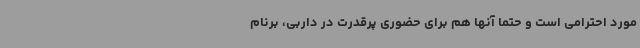
مورد احترامی است و حتما آنها هم برای حضوری پرقدرت در داربی، برنام